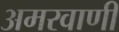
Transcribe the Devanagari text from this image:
अमरवाणी